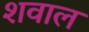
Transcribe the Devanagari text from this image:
शवाल